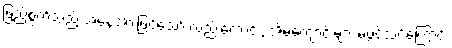
ဖြည့်စွက်သည့် အနေအားဖြင့်သော် လည်းကောင်း, အိမ်ကျောင်းများ မဖွင့်သင့်ကြောင်း